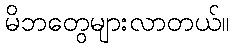
မိဘတွေများလာတယ်။